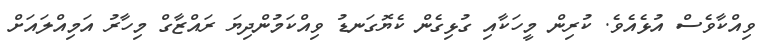
ވިއްކާވެސް އުޅެއެވެ. ކުރިން މީހަކާއި ގުޅިގެން ކެޔޮގަނޑު ވިއްކަމުންދިޔަ ރައްޒާގް މިހާރު އަމިއްލައަށް